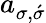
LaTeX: a_{\sigma,\acute{\sigma}}